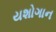
યશોગાન